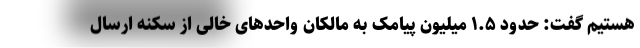
هستیم گفت: حدود ۱.۵ میلیون پیامک به مالکان واحدهای خالی از سکنه ارسال